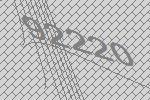
92220